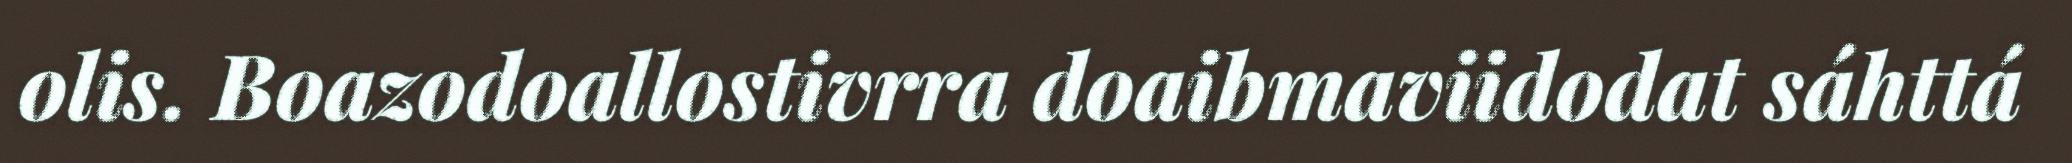
olis. Boazodoallostivrra doaibmaviidodat sáhttá